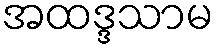
အထဒ္ဒသာမ